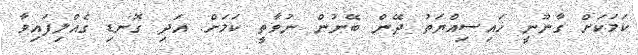
ކަމަކަށް ގާނޫނީ ހައިސިއްޔަތު ދޭން ބޭނުން ނުވާތީ ކަމަށް. އަދި ގޮނޑި ގެއްލިފައިވާ